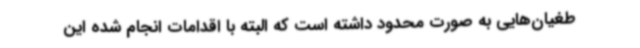
طغیان‌هایی به صورت محدود داشته است که البته با اقدامات انجام شده این